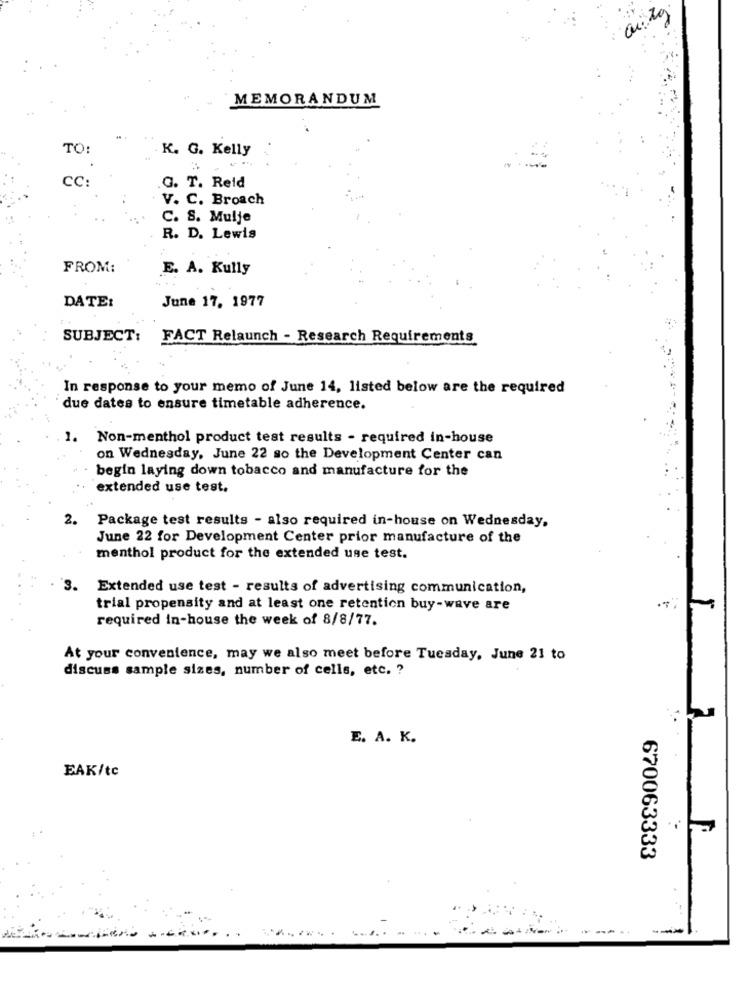
ai.Lg
MEMORANDUM
TO:
K. G. Kelly
-----
CC:
G. T. Reid
V. C. Broach
. .
C. S. Mulje
R. D. Lewis
FROM:
E. A. Kully
DATE:
June 17, 1977
SUBJECT:
FACT Relaunch - Research Requirements
In response to your memo of June 14, listed below are the required
due dates to ensure timetable adherence.
1.
Non-menthol product test results - required in-house
on Wednesday, June 22 so the Development Center can
begin laying down tobacco and manufacture for the
extended use test.
2.
Package test results - also required in-house on Wednesday,
June 22 for Development Center prior manufacture of the
menthol product for the extended use test.
3.
Extended use test - results of advertising communication,
trial propensity and at least one retention buy-wave are
required in-house the week of 8/8/77.
At your convenience, may we also meet before Tuesday, June 21 to
discuss sample sizes, number of cells, etc. ?
E. A. K.
EAK/tc
670063333
---